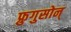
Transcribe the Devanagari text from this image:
फ्रुगुसोन्